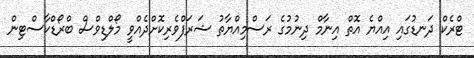
ޓްރެކް ދަނޑުގައި އިއްޔެ އޮތް އިނާމް ދިނުމުގެ ރަސްމިއްޔާތު ޝަރަފްވެރިކޮށްދެއްވީ މޯލްޑިވްސް ބްރޯޑްކާސްޓިން